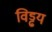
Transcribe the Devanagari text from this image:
विड्ढय